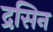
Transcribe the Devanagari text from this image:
द्रसिन